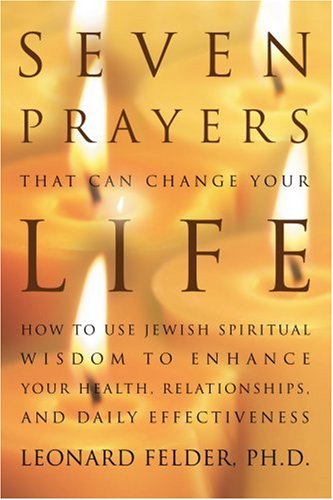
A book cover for Seven Prayers That Can Change Your Life: How to Use Jewish Spiritual Wisdom to Enhance Your Health, Relationships, and Daily Effectiveness; Leonard Felder PhD; Teen & Young Adult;